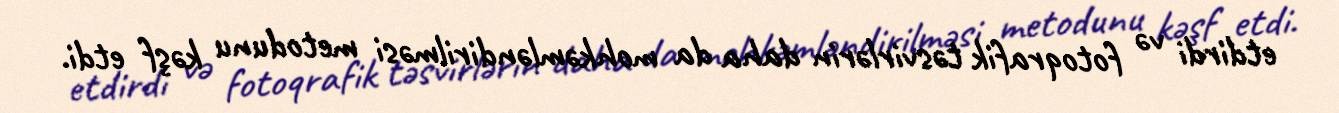
etdirdi və fotoqrafik təsvirlərin daha da mohkəmləndirilməsi metodunu kəşf etdi.